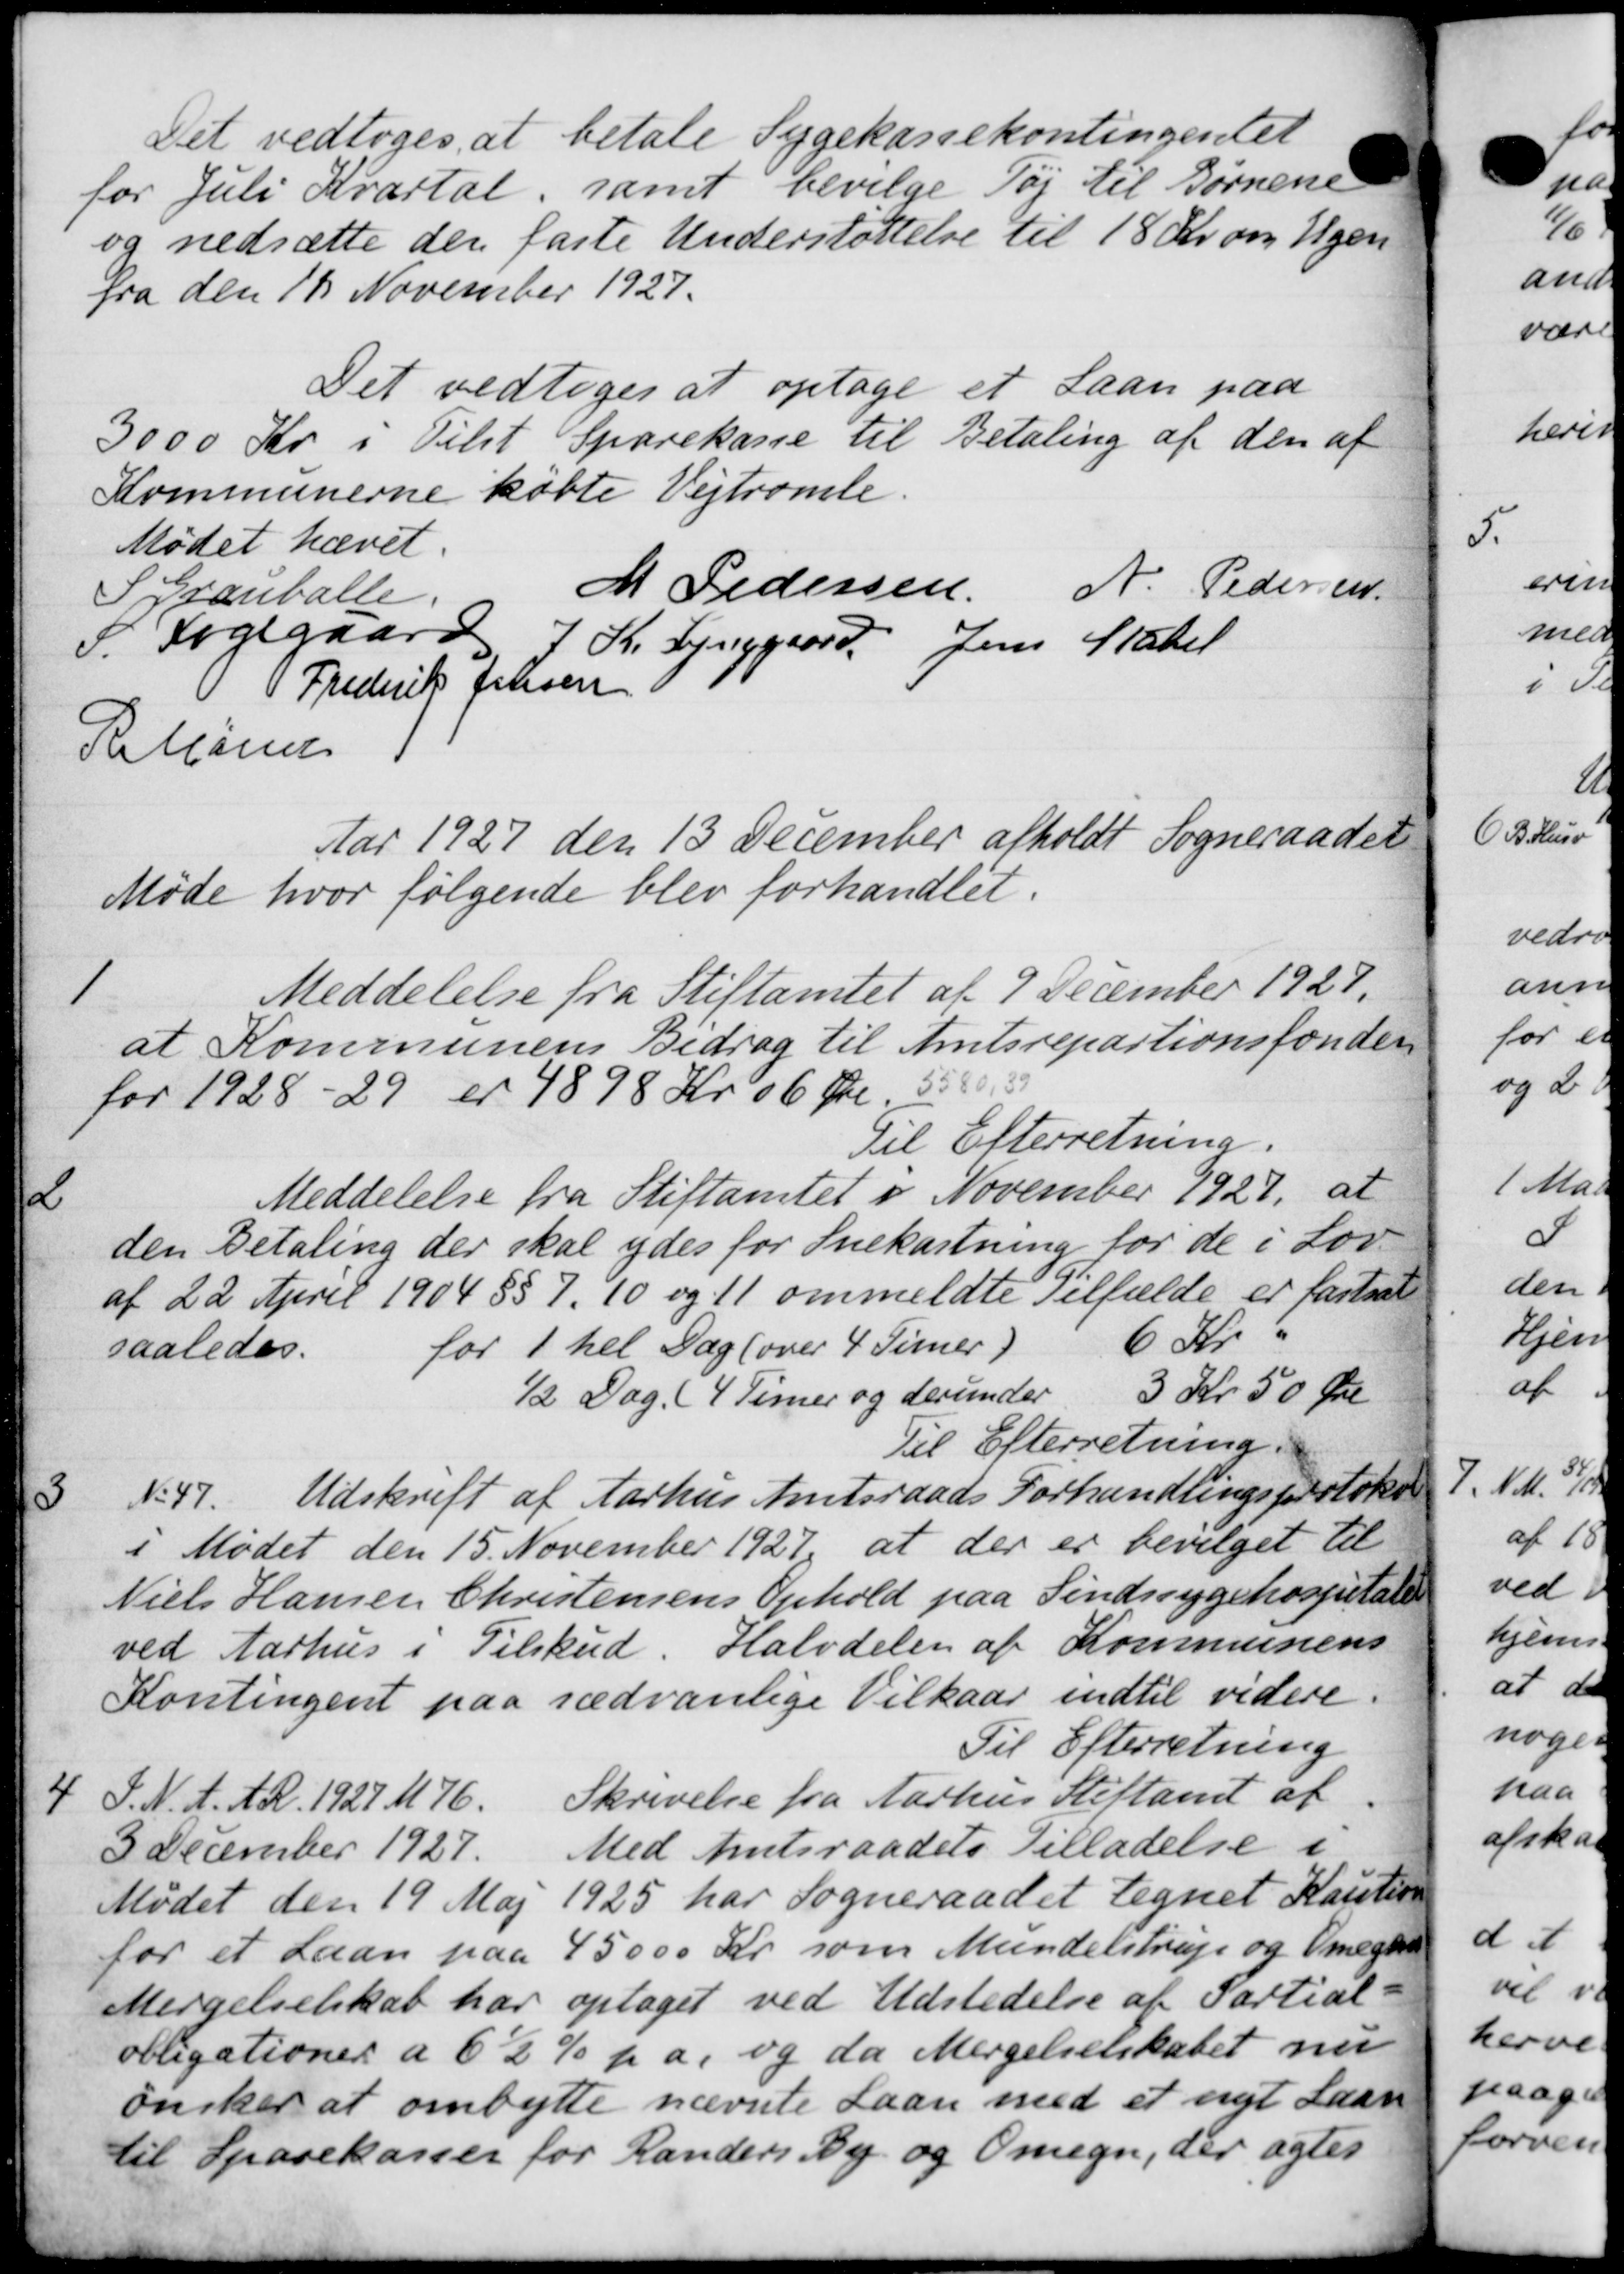
Transskription:
Det vedtoges at betale Sygekassekontingentet
for Juli Kvartal, samt bevilge Tøj til Børnene
og nedsætte den faste Understøttelse til 18 Kr. om Ugen
fra den 12 November 1927.
Det vedtoges at optage et Laan paa
3000 Kr i Tilst Sparekasse til Betaling af den af
Kommunerne købte Vejtromle.
Mødet hævet.
S. Granballe
M Pedersen
N. Pedersen.
P. Fogegaard
7 Kr. Lynggaard Jens Statet
 Frederik Jensen
Rettine
Aar 1927 den 13 December afholdt Sogneraadet
Møde hvor følgende blev forhandlet.
1
Meddelelse fra Stiftamtet af 9 December 1927.
at Kommunens Bidrag til Amtsrepartionsfonder
for 1928-29 er 4898 Kr 06 Øre 50 Ør
Til Efterretning.
2
Meddelelse fra Stiftamtet i November 1927, at
den Betaling der skal ydes for Snekastning for de i Lov
af 22 April 1904 §§ 7, 10 og 11 ommeldte Tilfælde er fastsat
saaledes.
for 1 hel Dag (over 4 Timer)
6 Kr
½ Dag (4 Timer og derunder 3 Kr. 50 Øre
Til Efterretning.
3
No 47. Udskrift af Aarhus Amtsraads Forhandlingsprotoko
i Mødet den 15. November 1927 at der er bevilget til
Niels Hansen Christensens Ophold paa Sindssygehospitale
ved Aarhus i Tilskud. Halvdeler af Kommunens
Kontingent paa sædvanlige Vilkaar indtil videre.
Til Efterretning
4
F. N. A. A. R. 1927 M 76. Skrivelse fra Aarhus Stiftamt af
3 December 1927. Med Amtsraadets Tilladelse i
Mødet den 19 Maj 1925 har Sogneraadet tegnet Kautio
for et Laan paa 45000 Kr. som Mundelstrup og Omegnera
Mergelselskab har optaget ved Udstedelse af Partial-
obligationer a 6½ % p a. og da Mergelselskabet nu
ønsker at ombytte nævnte Laan med et nyt Laan
til Sparekasser for Randers By og Omegn, der agtes